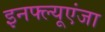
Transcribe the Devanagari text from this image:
इनफ्ल्यूएंजा